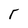
Character: r